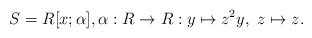
\begin{align*}S = R[x;\alpha], \alpha: R \rightarrow R: y \mapsto z^2y,\ z \mapsto z.\end{align*}